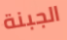
الجبنة